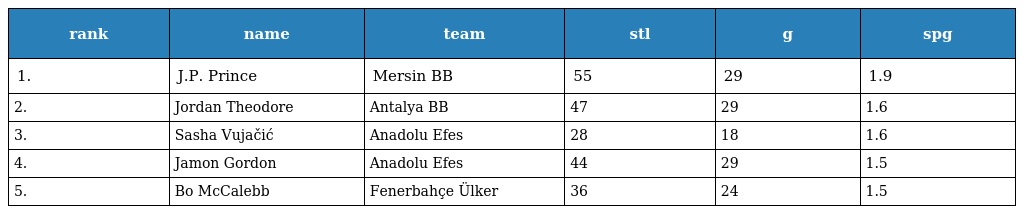
| rank | name | team | stl | g | spg |
 | --- | --- | --- | --- | --- | --- |
 | 1. | J.P. Prince | Mersin BB | 55 | 29 | 1.9 |
 | 2. | Jordan Theodore | Antalya BB | 47 | 29 | 1.6 |
 | 3. | Sasha Vujačić | Anadolu Efes | 28 | 18 | 1.6 |
 | 4. | Jamon Gordon | Anadolu Efes | 44 | 29 | 1.5 |
 | 5. | Bo McCalebb | Fenerbahçe Ülker | 36 | 24 | 1.5 |